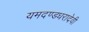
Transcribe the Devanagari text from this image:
यमदण्डधरादेवी